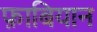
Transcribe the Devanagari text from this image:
फ़ाबियान